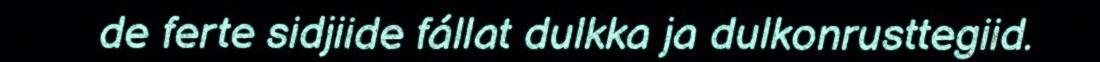
de ferte sidjiide fállat dulkka ja dulkonrusttegiid.